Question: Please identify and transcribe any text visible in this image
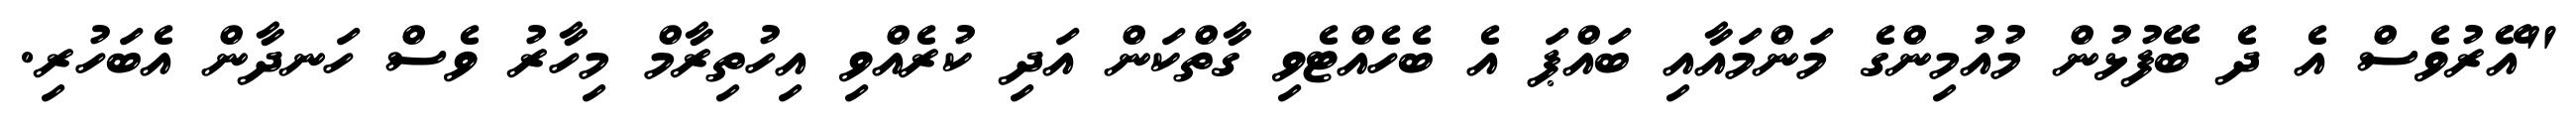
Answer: "އޭރުވެސް އެ ދެ ބޭފުޅުން މުއުމިންގެ މަންމައާއި ބައްޕަ އެ ބެހެއްޓެވި ގާތްކަން އަދި ކުރެއްވި އިހުތިރާމް މިހާރު ވެސް ހަނދާން އެބަހުރި.